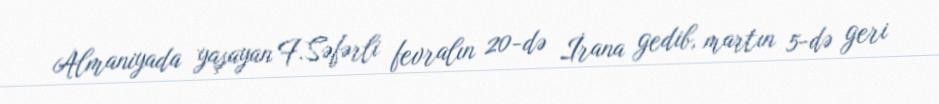
Almaniyada yaşayan F.Səfərli fevralın 20-də İrana gedib, martın 5-də geri